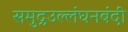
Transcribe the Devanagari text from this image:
समुद्रउल्लंघनबंदी